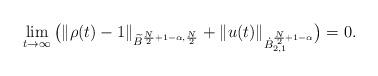
LaTeX: \begin{align*} \lim_{t\to \infty}\big(\Vert \rho(t)-1\Vert_{\widetilde{B}^{\frac{N}{2}+1-\alpha,\frac{N}{2}}}+\Vert u(t)\Vert_{\dot{B}^{\frac{N}{2}+1-\alpha}_{2,1}}\big) = 0.\end{align*}